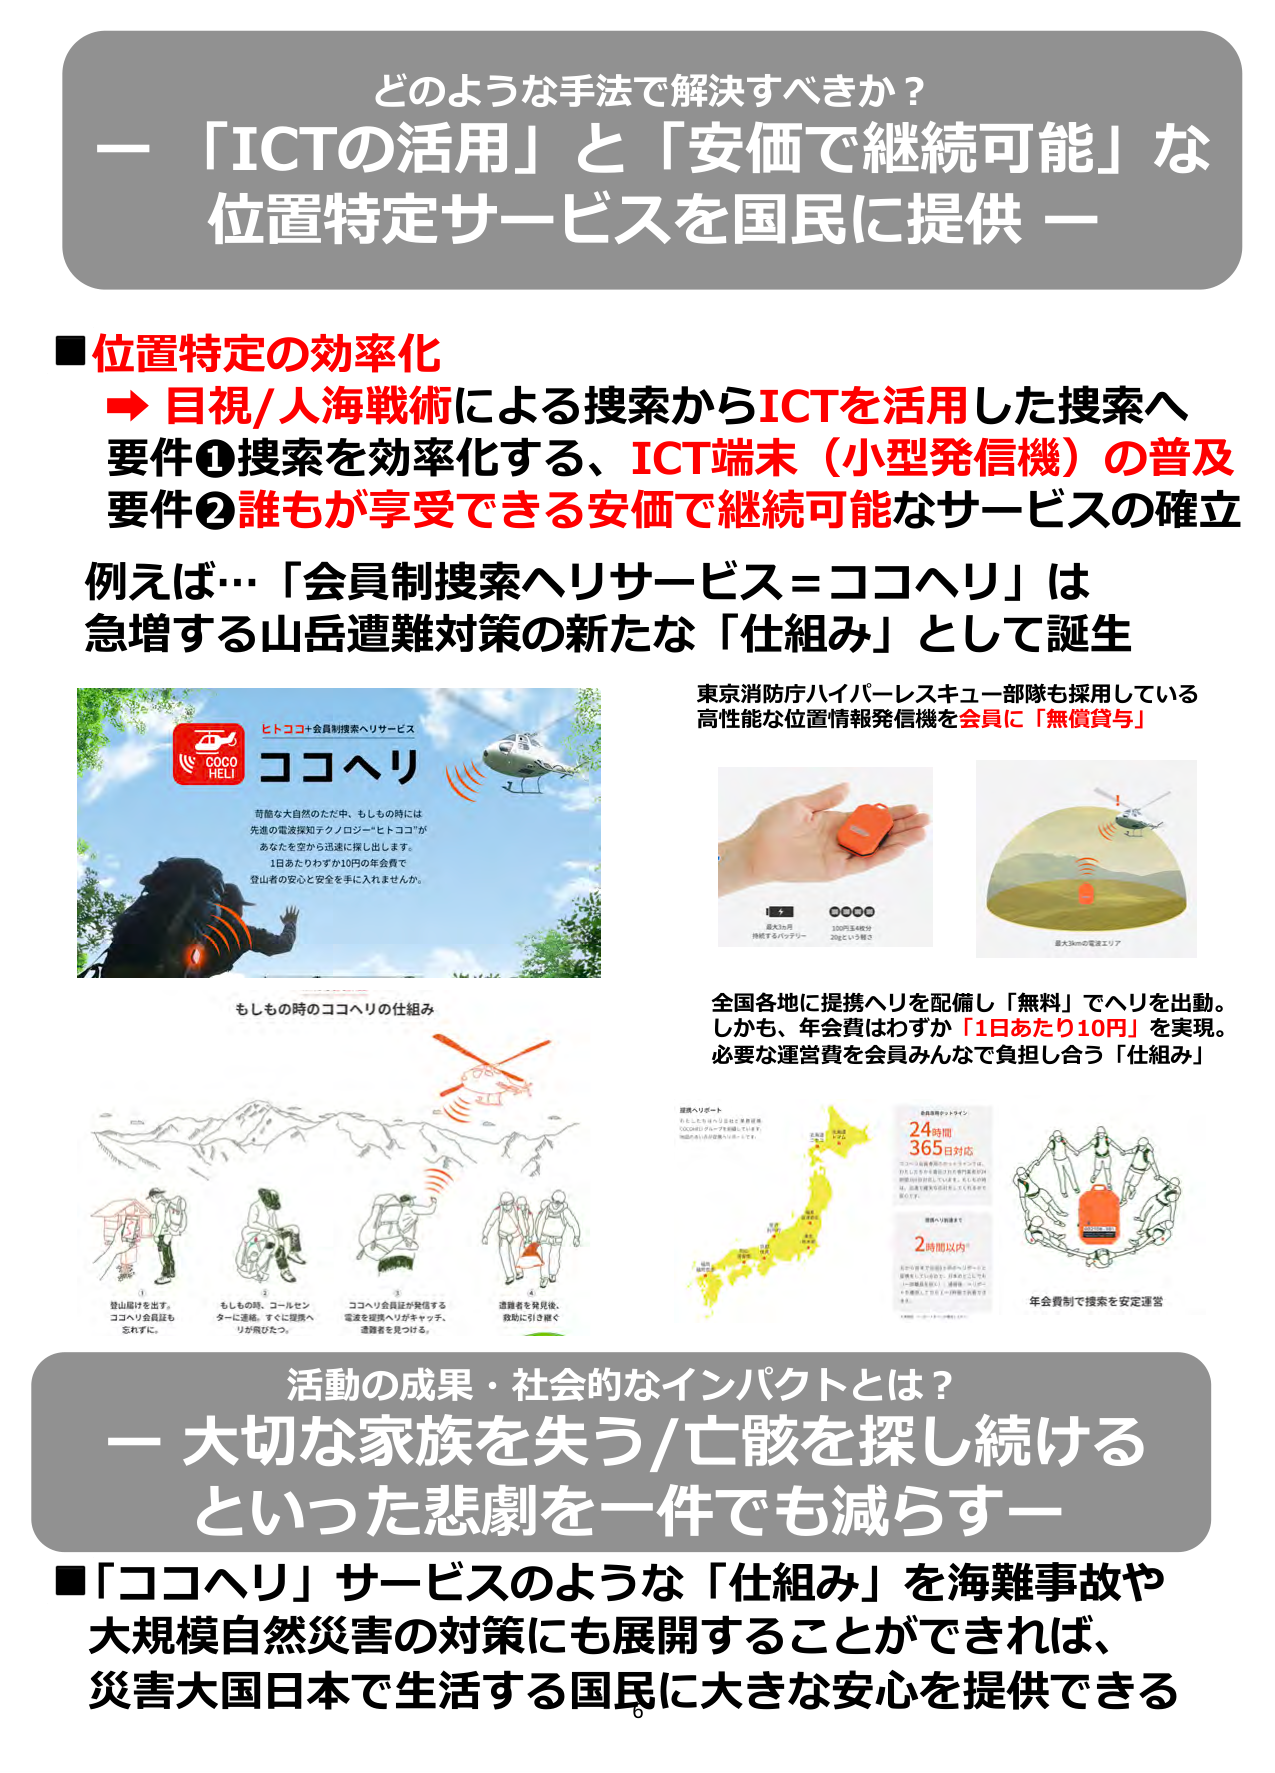
どのような手法で解決すべきか？
ー「ICTの活用」と「安価で継続可能」な
位置特定サービスを国民に提供ー

■位置特定の効率化
→ 目視/人海戦術による搜索からICTを活用した搜索へ
要件①搜索を効率化する、ICT端末（小型発信機）の普及
要件②誰もが享受できる安価で継続可能なサービスの確立

例えば…「会員制搜索ヘリサービス＝ココヘリ」は
急増する山岳遭難対策の新たな「仕組み」として誕生

ヒトココ＋会員制搜索ヘリサービス
ココヘリ
苛酷な大自然のただ中、もしもの時には
先進の電波探知テクノロジー「ヒトココ」が
あなたを空から迅速に探し出します。
1日あたりわずか10円の年会費で
登山者の安心と安全を手に入れませんか。

東京消防庁ハイパーレスキューブ部隊も採用している
高性能な位置情報発信機を会員に「無償貸与」

最大3ヶ月
持続するバッテリー
130円玉4枚分
20gという軽さ
最大3kmの電波エリア

もしもの時のココヘリの仕組み
①登山届けを出す。
ココヘリ会員証も
忘れずに。
②もしもの時、コールセンタに連絡。すぐに搜索ヘリが飛び立つ。
③ココヘリ会員証が発信する電波を搜索ヘリがキャッチ、遭難者を見つける。
④遭難者を発見後、救助に引き継ぐ

全国各地に提携ヘリを配備し「無料」でヘリを出動。
しかも、年会費はわずか「1日あたり10円」を実現。
必要な運営費を会員みんなで負担し合う「仕組み」

提携ヘリポート
※ココヘリは日本全国に提携機関（JCGのヘリコプターを含む）を100か所以上に設置しています。

24時間
365日対応

2時間以内

年会費制で搜索を安定運営

活動の成果・社会的なインパクトとは？
ー大切な家族を失う/亡骸を探し続ける
といった悲劇を一件でも減らすー

■「ココヘリ」サービスのような「仕組み」を海難事故や
大規模自然災害の対策にも展開することができれば、
災害大国日本で生活する国民に大きな安心を提供できる